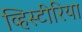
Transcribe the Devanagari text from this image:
व्हिस्टीरिया